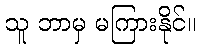
သူ ဘာမှ မကြားနိုင်။